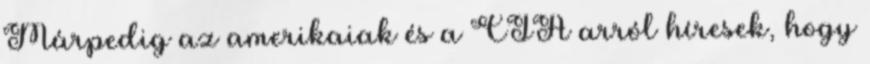
Márpedig az amerikaiak és a CIA arról híresek, hogy